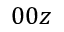
0 0 z